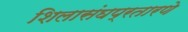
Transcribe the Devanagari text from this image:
शिलासंघप्रतारणे